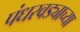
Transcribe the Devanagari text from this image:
पंधरवड्याच्या